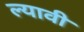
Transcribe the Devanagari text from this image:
ल्यावी